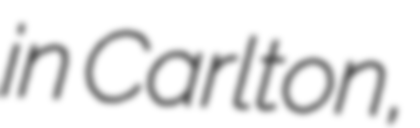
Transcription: in Carlton,